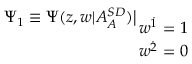
\Psi _ { 1 } \equiv \Psi ( z , w | A _ { A } ^ { { \cal S D } } ) \big | _ { \displaystyle { w ^ { { \dot { 1 } } } = 1 \atop w ^ { { \dot { 2 } } } = 0 } }